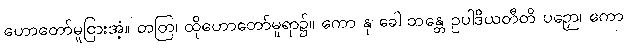
ဟောတော်မူငြားအံ့။ တတြ၊ ထိုဟောတော်မူရာ၌။ ကော နု ခေါ ဘန္တေ ဥပါဒိယတီတိ ပဉှော၊ ကော